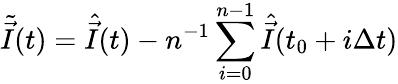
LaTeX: \tilde{\vec{I}}(t)=\hat{\vec{I}}(t)-n^{-1}\sum_{i=0}^{n-1}\hat{\vec{I}}(t_{0}+i\Delta t)